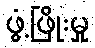
ဖွံ့ဖြိုးမှု